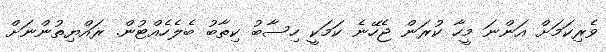
ވެރިކަމަށް އަންނަ މީހާ ކުރަން ޖެހޭނެ ކަމަކީ ހިސާބު ކިތާބު ބެލެހެއްޓުން. ރައްޔިތުންނަށް